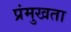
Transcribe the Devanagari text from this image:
प्रंमुखता